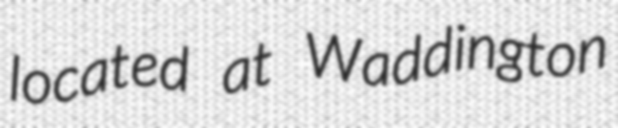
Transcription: located at Waddington